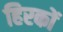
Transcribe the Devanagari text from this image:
हिरकों